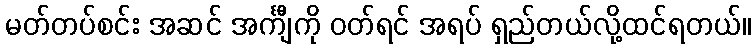
မတ်တပ်စင်း အဆင် အင်္ကျီကို ဝတ်ရင် အရပ် ရှည်တယ်လို့ထင်ရတယ်။